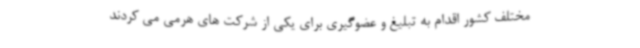
مختلف کشور اقدام به تبلیغ و عضوگیری برای یکی از شرکت های هرمی می کردند